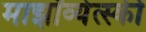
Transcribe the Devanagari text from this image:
माझॉव्येत्स्की